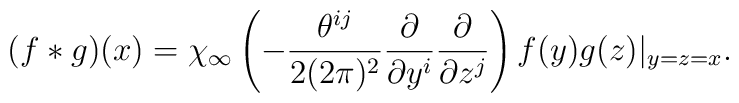
(f\ast g)(x)=\chi_\infty\left(-\frac{\theta^{ij}}{2(2\pi)^2}\frac{\partial}{\partial y^i}\frac{\partial}{\partial z^j}\right ) f(y)g(z)|_{y=z=x}.